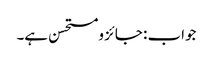
جواب : جائز ومستحسن ہے۔